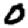
Digit: 0